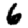
Digit: 6